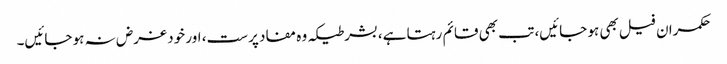
حکمران فیل بھی ہو جائیں، تب بھی قائم رہتا ہے، بشرطیکہ وہ مفاد پرست، اور خود غرض نہ ہو جائیں۔